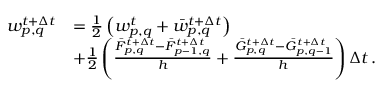
\begin{array} { r l } { w _ { p , q } ^ { t + \Delta t } } & { = \frac { 1 } { 2 } \left( w _ { p , q } ^ { t } + \bar { w } _ { p , q } ^ { t + \Delta t } \right) } \\ & { + \frac { 1 } { 2 } \left( \frac { \bar { F } _ { p , q } ^ { t + \Delta t } - \bar { F } _ { p - 1 , q } ^ { t + \Delta t } } { h } + \frac { \bar { G } _ { p , q } ^ { t + \Delta t } - \bar { G } _ { p , q - 1 } ^ { t + \Delta t } } { h } \right) \Delta t \, . } \end{array}